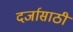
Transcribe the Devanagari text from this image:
दर्जासाठी